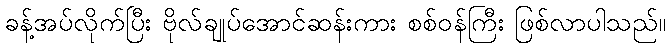
ခန့်အပ်လိုက်ပြီး ဗိုလ်ချုပ်အောင်ဆန်းကား စစ်ဝန်ကြီး ဖြစ်လာပါသည်။